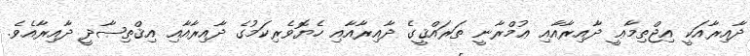
ދާއިރާއަކީ އިޖްތިމާޢީ ދާއިރާއާއި ޢުމްރާނީ ތަރައްޤީގެ ދާއިރާއާއި ހެޔޮވެރިކަމުގެ ދާއިރާއާއި އިޤްތިޞާދީ ދާއިރާއެވެ.